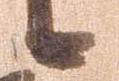
候